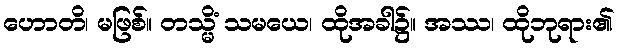
ဟောတိ၊ မဖြစ်။ တသ္မိံ သမယေ၊ ထိုအခါ၌။ အဿ၊ ထိုဘုရား၏